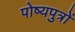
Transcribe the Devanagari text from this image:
पोष्यपुत्रों